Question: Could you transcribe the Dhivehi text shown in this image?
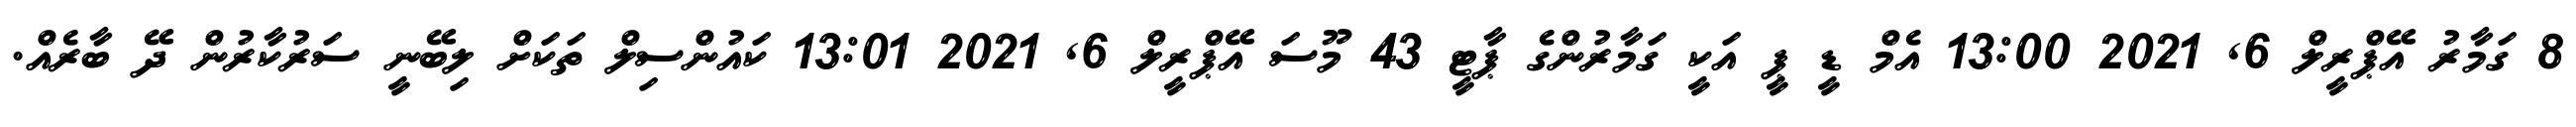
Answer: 8 ގަމާރު އޭޕްރީލް 6, 2021 13:00 އެމް ޑީ ޕީ އަކީ ގަމާރުންގެ ޕާޓީ 43 މޫސަ އޭޕްރީލް 6, 2021 13:01 ކައުންސިލް ތަކަށް ލިބޭނީ ސަރުކާރުން ދޭ ބާރެއް.